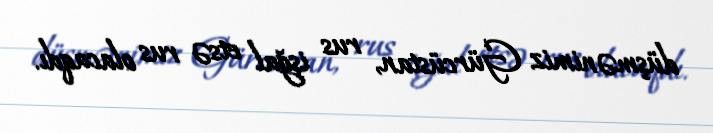
düşmənimiz Gürcüstan, rus işğal etsə rus olacaqdı.